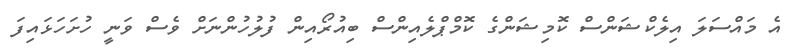
އެ މައްސަލަ އިލެކްޝަންސް ކޮމިޝަންގެ ކޮމްޕްލެއިންސް ބިއުރޯއިން ފުލުހުންނަށް ވެސް ވަނީ ހުށަހަޅައިފަ